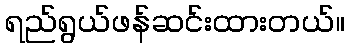
ရည်ရွယ်ဖန်ဆင်းထားတယ်။